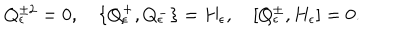
LaTeX: Q _ { \epsilon } ^ { \pm 2 } = 0 , \quad \{ Q _ { \epsilon } ^ { + } , Q _ { \epsilon } ^ { - } \} = H _ { \epsilon } , \quad [ Q _ { \epsilon } ^ { \pm } , H _ { \epsilon } ] = 0 .